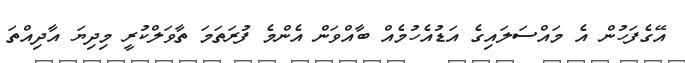
އޭގެފަހުން އެ މައްސަލައިގެ އަޑުއެހުމެއް ބާއްވަން އެންމެ ފުރަތަމަ ތާވަލްކުރީ މިދިޔަ އާދިއްތަ